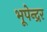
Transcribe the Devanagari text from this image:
भूपेन्‍द्रर